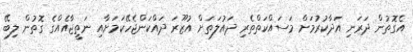
އެގޮތުން ދަރަނި އަދާކުރުމަށް މަސައްކަތްތެރި ދައުލަތަށް އުޒޫރަ ދައްކަންޖެހޭކަމަށާއި ނަތީޖާއެއްގެ ގޮތުން ލިބޭ